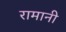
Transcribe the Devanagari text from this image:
रामानी